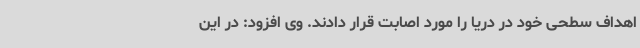
اهداف سطحی خود در دریا را مورد اصابت قرار دادند. وی افزود: در این